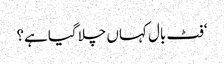
‘فٹ بال کہاں چلا گیا ہے؟